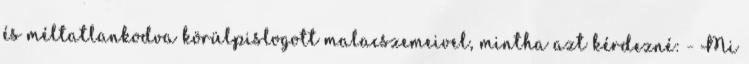
és méltatlankodva körülpislogott malacszemeivel, mintha azt kérdezné: - Mi